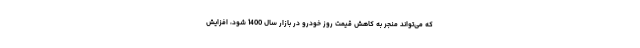
که می‌تواند منجر به کاهش قیمت روز خودرو در بازار سال 1400 شود، افزایش